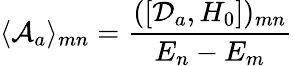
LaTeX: \langle{\cal A}_{a}\rangle_{mn}={\frac{([{\cal D}_{a},H_{0}])_{mn}}{E_{n}-E_{m}}}